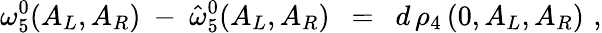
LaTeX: \omega_{5}^{0}(A_{L},A_{R})\ -\ {\hat{\omega}}_{5}^{0}(A_{L},A_{R})\ \ =\ \ d\, \rho_{4}\, (0,A_{L},A_{R})\, \, ,